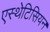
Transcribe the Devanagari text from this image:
एस्थेटिसियन